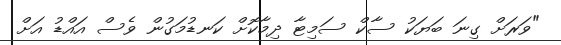
"ވަރަށް ގިނަ ބަޔަކު ސާކް ސަމިޓާ ދިމާކޮށް ކަނޑުމަގުން ވެސް އައްޑު އަށް